Annual statistical returns and brief notes on vaccination in Bengal - 1896-1909
Year: 1896
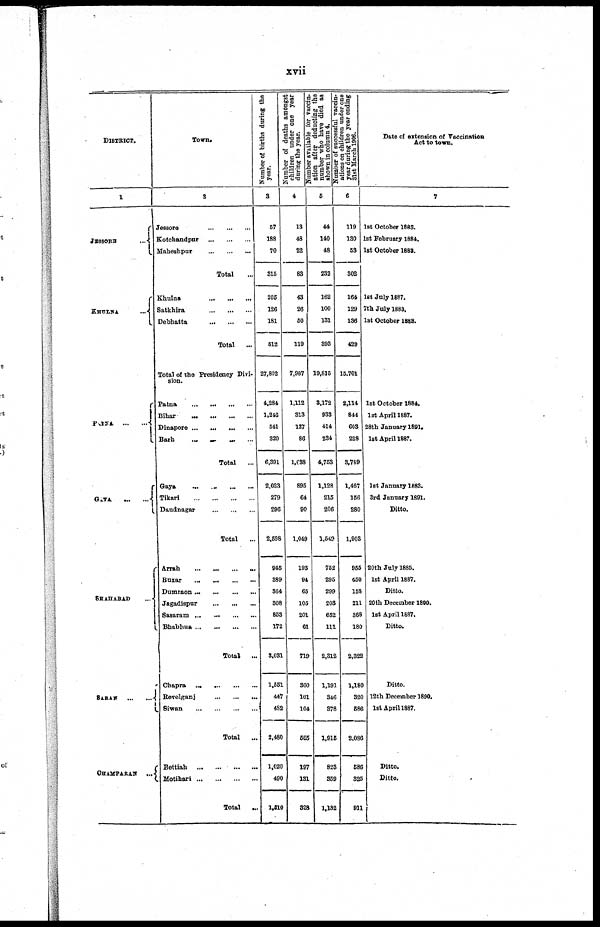
xvii
DISTRICT.
1
JESSORE
...
KHULNA
...
PATNA
...
...
GAYA
...
...
SHAHABAD
...
SARAN
...
...
CHAMPARAN
...
Town.
2
Jessore
...
...
...
Kotchandpur
...
...
...
Maheshpur
...
...
...
Total ...
Khulna
...
...
...
Satkhira
...
...
...
Debhatta
...
...
...
Total ...
Total of the Presidency Divi-
sion.
Patna
...
...
...
...
Bihar
...
...
...
...
Dinapore
...
...
...
...
Barh ... ... ... ...
Total
...
Gaya
...
...
...
...
Tikari
...
...
...
...
Daudnagar
...
...
...
Total
...
Arrah
...
...
...
...
Buxar
...
...
...
...
Dumraon
...
...
...
...
Jagadispur
...
...
...
Sasaram
...
...
...
...
Bhabhua
...
...
...
...
Total
...
Chapra
...
...
...
...
Revelganj
...
...
...
Siwan
...
...
...
...
Total
...
Bettiah
...
...
...
...
Motihari
...
...
...
...
Total
...
Number of births during the
year.
3
57
188
70
315
205
126
181
512
27,802
4,284
1,246
541
320
6,391
2,023
279
296
2,598
945
389
364
308
853
172
3,031
1,551
447
482
2,480
1,020
490
1,510
Number of deaths amongst
children under one year
during the year.
4
13
48
22
83
43
26
50
119
7,987
1,112
313
127
86
1,038
895
64
90
1,049
193
94
65
105
201
61
719
360
101
104
565
197
131
328
Number available for vaccin-
ation after deducting the
number who have died as
shown in column 4.
5
44
140
48
232
162
100
131
393
19,815
3,172
933
414
234
4,753
1,128
215
206
1,549
752
295
299
203
652
111
2,312
1,191
346
378
1,915
823
359
1,182
N
umber of successful vaccin-
ations on children under one
year during the year ending
31st March 1906.
6
119
130
53
302
164
129
136
429
15,701
2,114
844
603
228
3,789
1,467
156
280
1,903
955
450
158
211
368
180
2,322
1,180
320
586
2,086
586
325
911
Date of extension of Vaccination
Act to town.
7
1st October 1883.
1st February 1884.
1st October 1883.
1st July 1887.
7th July 1883.
1st October 1883.
1st October 1884.
1st April 1887.
28th January 1891.
1st April 1887.
1st January 1883.
3rd January 1891.
Ditto.
20th July 1885.
1st April 1887.
Ditto.
20th December 1890.
1st April 1887.
Ditto.
Ditto.
12th December 1890.
1st April 1887.
Ditto.
Ditto.